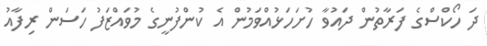
ދަ ހޯކްސްގެ ފަރާތުން ދައުވާ ހުށަހަޅުއްވަމުން އެ ކުންފުނީގެ މުވައްޒަފު ހަސަން ރިފާއު